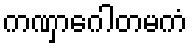
ကဏှာဂေါတမကံ